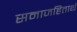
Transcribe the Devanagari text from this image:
समाजहितार्थ